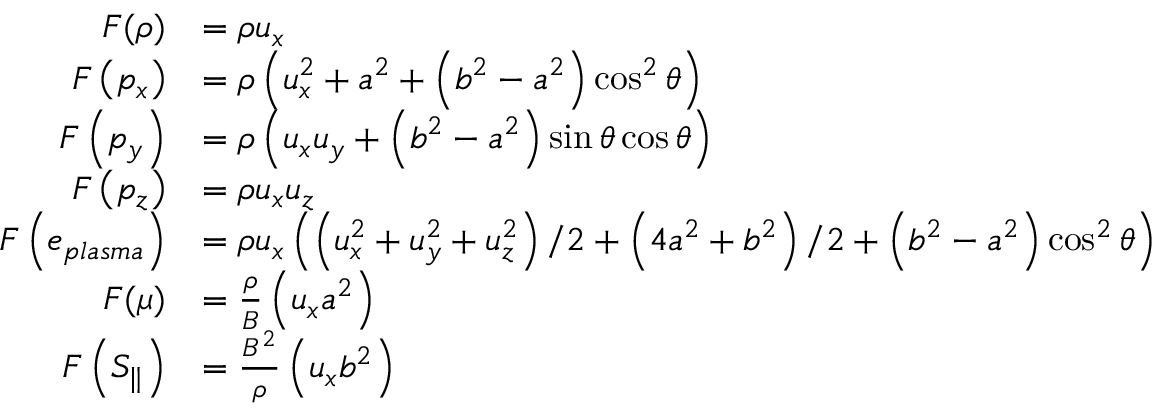
\begin{array} { r l } { F ( \rho ) } & { = \rho u _ { x } } \\ { F \left( p _ { x } \right) } & { = \rho \left( u _ { x } ^ { 2 } + a ^ { 2 } + \left( b ^ { 2 } - a ^ { 2 } \right) \cos ^ { 2 } \theta \right) } \\ { F \left( p _ { y } \right) } & { = \rho \left( u _ { x } u _ { y } + \left( b ^ { 2 } - a ^ { 2 } \right) \sin \theta \cos \theta \right) } \\ { F \left( p _ { z } \right) } & { = \rho u _ { x } u _ { z } } \\ { F \left( e _ { p l a s m a } \right) } & { = \rho u _ { x } \left( \left( u _ { x } ^ { 2 } + u _ { y } ^ { 2 } + u _ { z } ^ { 2 } \right) / 2 + \left( 4 a ^ { 2 } + b ^ { 2 } \right) / 2 + \left( b ^ { 2 } - a ^ { 2 } \right) \cos ^ { 2 } \theta \right) } \\ { F ( \mu ) } & { = \frac { \rho } { B } \left( u _ { x } a ^ { 2 } \right) } \\ { F \left( S _ { \| } \right) } & { = \frac { B ^ { 2 } } { \rho } \left( u _ { x } b ^ { 2 } \right) } \end{array}